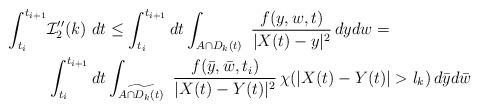
LaTeX: \begin{align*}\int_{t_i}^{t_{i+1}}& {\mathcal{I}}_2''(k)\ dt\leq\int_{t_i}^{t_{i+1}}dt\int_{A\cap D_{k}(t)} \ \frac{ f(y,w,t)}{|X(t)-y|^2} \, dydw =\\&\int_{t_i}^{t_{i+1}}dt\int_{\widetilde{A\cap D_{k}(t)}} \ \frac{ f(\bar y,\bar w,t_i)}{|X(t)-Y(t)|^2} \, \chi(|X(t)-Y(t)|>l_k) \, d\bar y d\bar w\end{align*}